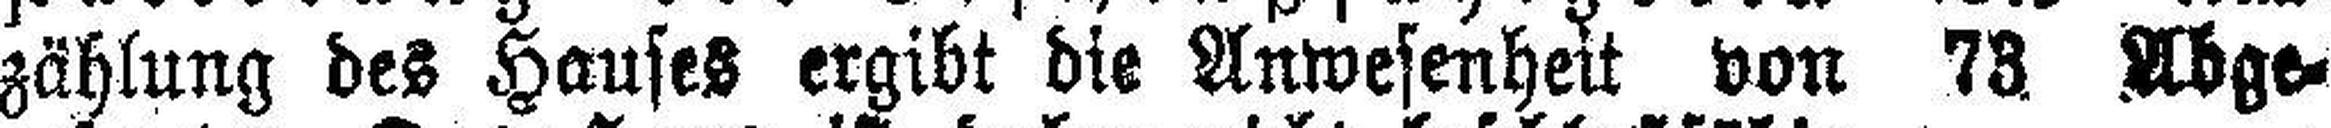
zählung des Hauses ergibt die Anwesenheit von 73. Abge¬